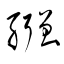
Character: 繦